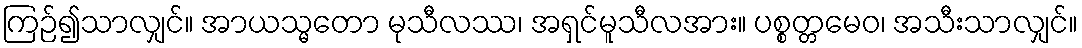
ကြဉ်၍သာလျှင်။ အာယသ္မတော မုသီလဿ၊ အရှင်မူသီလအား။ ပစ္စတ္တမေဝ၊ အသီးသာလျှင်။